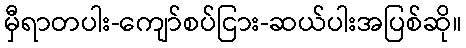
မှီရာတပါး-ကျော်စပ်ငြား-ဆယ်ပါးအပြစ်ဆို။